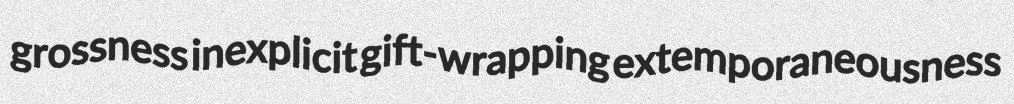
grossness inexplicit gift-wrapping extemporaneousness